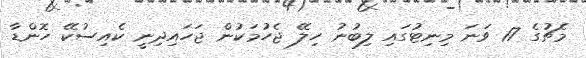
މެޗުގެ 17 ވަނަ މިނިޓުގައި ލިބުނު ހިލޭ ޖެހުމަކުން ޖަހައިދިނީ ކެއިސުކޭ ހޮންޑާ